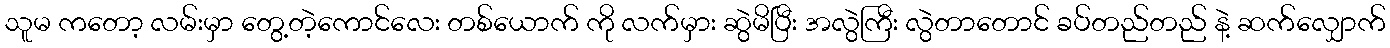
သူမ ကတော့ လမ်းမှာ တွေ့တဲ့ကောင်လေး တစ်ယောက် ကို လက်မှား ဆွဲမိပြီး အလွဲကြီး လွဲတာတောင် ခပ်တည်တည် နဲ့ ဆက်လျှောက်